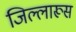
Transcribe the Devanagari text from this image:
जिल्लारूस